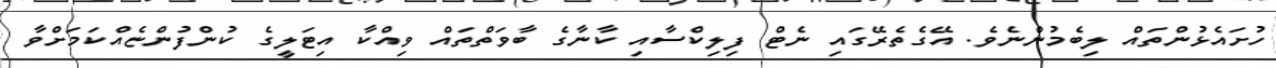
ހުށައެޅުންތައް ލިބެމުންނެވެ. އޭގެތެރޭގައި ނެޓް ފިލިކްސާއި ކާނާގެ ބާވަތްތައް ވިއްކާ އިޓަލީގެ ކުންފުންޏެއްކަމަށްވާ